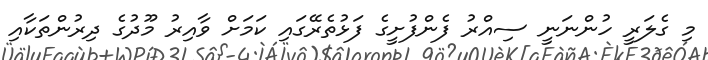
މި ގެލަރީ ހުންނަނީ ސިއްރު ފެންފުށީގެ ފަޅުތެރޭގައި ކަމަށް ވާއިރު މޫދުގެ ދިރުންތަކާއި